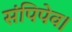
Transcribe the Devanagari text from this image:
संपिपेव।